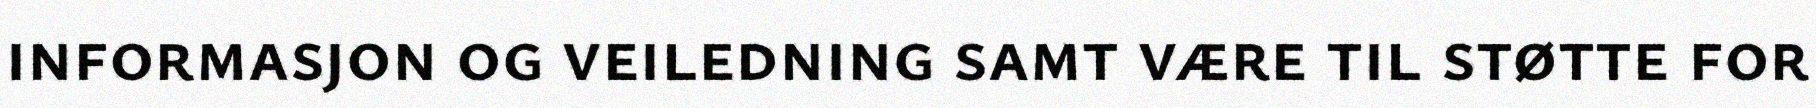
informasjon og veiledning samt være til støtte for